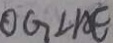
O G \bot A E